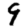
Digit: 9